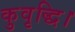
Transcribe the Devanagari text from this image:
कुवृद्धि।